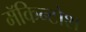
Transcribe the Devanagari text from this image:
मॅकिन्टोश